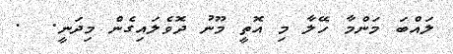
ލައްބަ މަންމާ ހޭލާ މި އޮތީ މޫނު ދޮވެލައިގެން މިދަނީ.  .